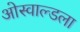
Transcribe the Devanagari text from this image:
ओस्वाल्डला